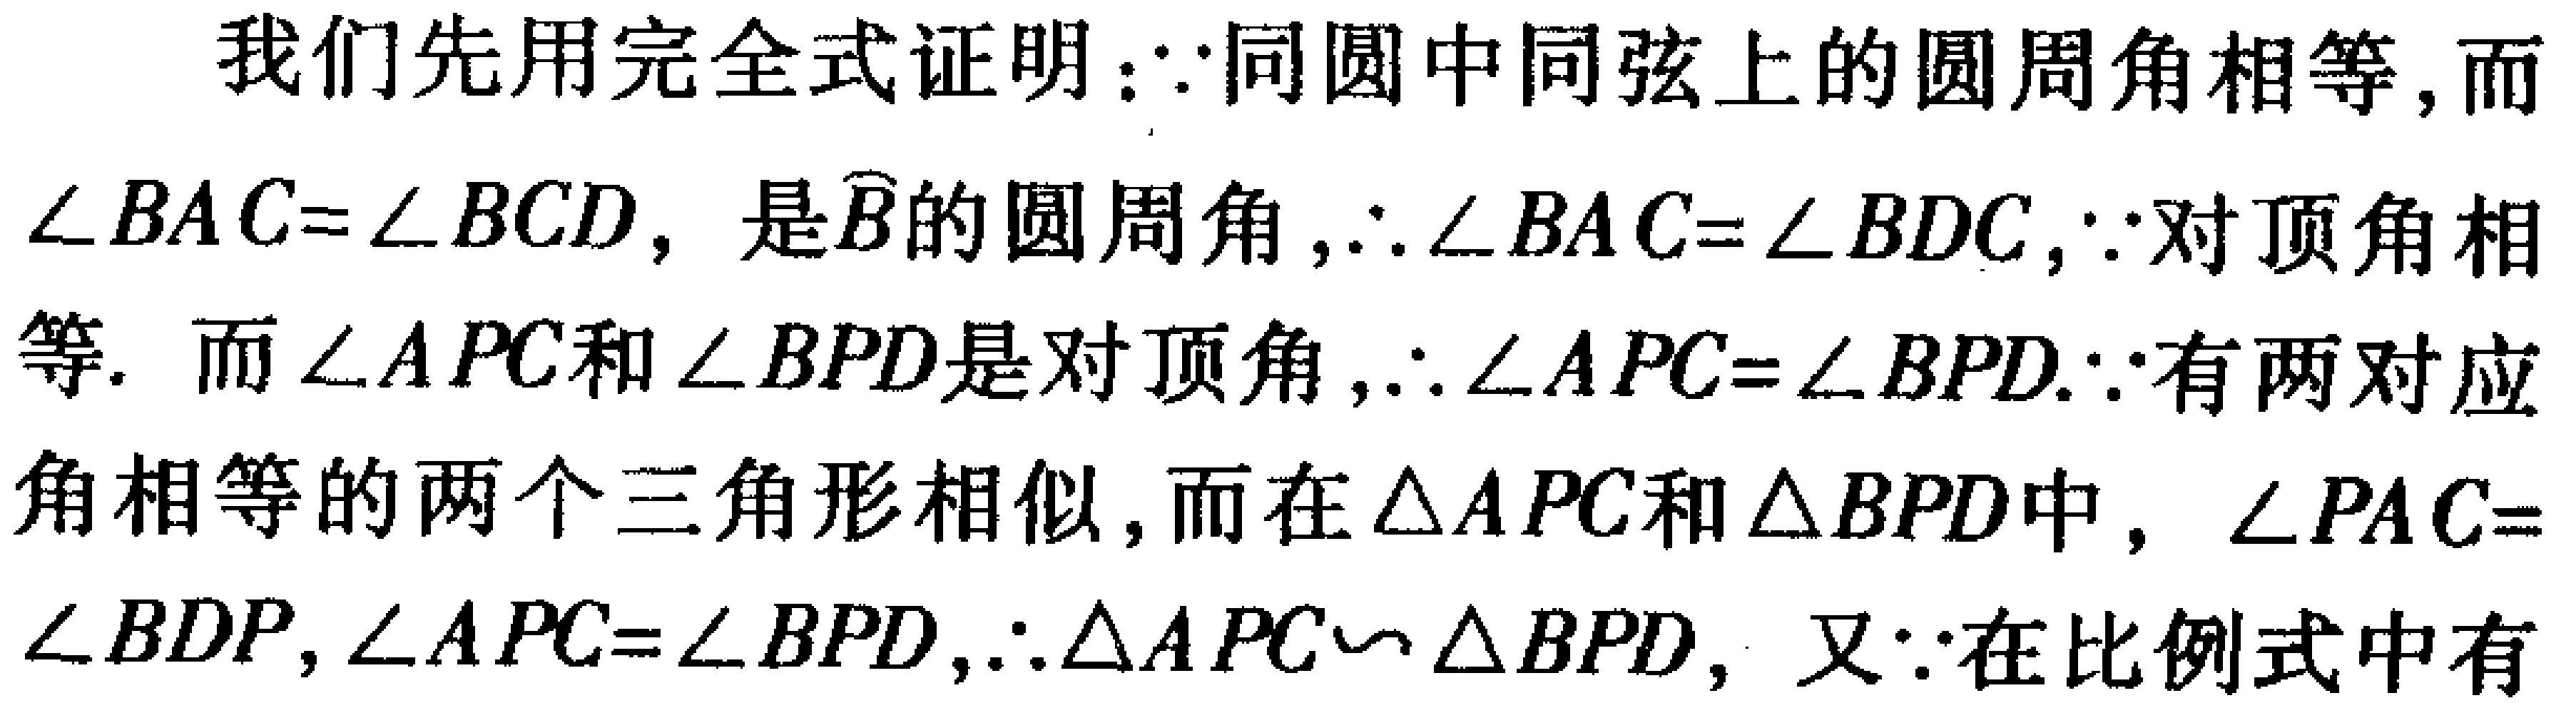
我们先用完全式证明：$\because$同圆中同弦上的圆周角相等，而$\angle BAC = \angle BCD$，是$\overset{\frown}{B}$的圆周角，$\therefore \angle BAC=\angle BDC$，$\because$对顶角相等. 而$\angle APC$和$\angle BPD$是对顶角，$\therefore \angle APC=\angle BPD$.$\because$有两对应角相等的两个三角形相似，而在$\triangle APC$和$\triangle BPD$中，$\angle PAC = \angle BDP$，$\angle APC=\angle BPD$，$\therefore \triangle APC\backsim\triangle BPD$，又$\because$在比例式中有